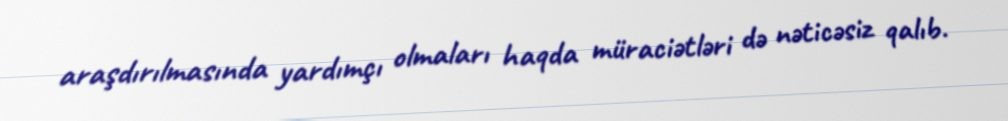
araşdırılmasında yardımçı olmaları haqda müraciətləri də nəticəsiz qalıb.